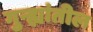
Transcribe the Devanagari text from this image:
गुन्ह्यांतील